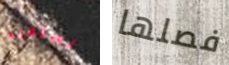
نستفيد فصلها